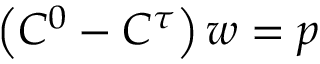
\left( C ^ { 0 } - C ^ { \tau } \right) w = p